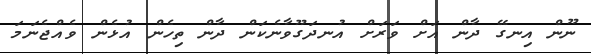
ނޫން އިނގޭ ދާން އަށް ވަރަށް އުނދަގޫވާނެކަން ދާން ތިހެން އުޅެން ވެއްޖެނަމަ